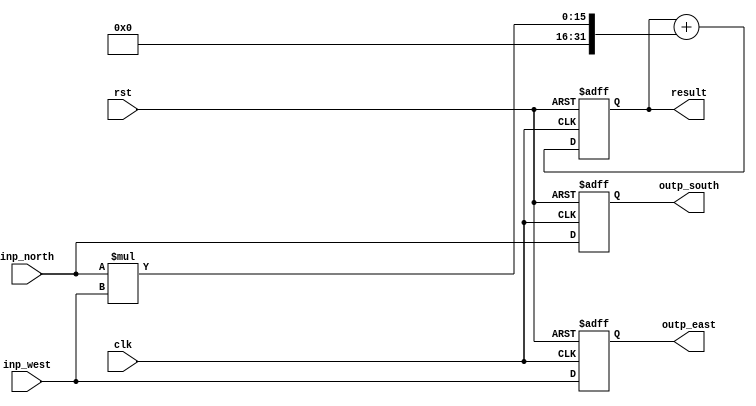
/*

MIT License

Copyright (c) 2020 Debtanu Mukherjee

Permission is hereby granted, free of charge, to any person obtaining a copy
of this software and associated documentation files (the "Software"), to deal
in the Software without restriction, including without limitation the rights
to use, copy, modify, merge, publish, distribute, sublicense, and/or sell
copies of the Software, and to permit persons to whom the Software is
furnished to do so, subject to the following conditions:

The above copyright notice and this permission notice shall be included in all
copies or substantial portions of the Software.

THE SOFTWARE IS PROVIDED "AS IS", WITHOUT WARRANTY OF ANY KIND, EXPRESS OR
IMPLIED, INCLUDING BUT NOT LIMITED TO THE WARRANTIES OF MERCHANTABILITY,
FITNESS FOR A PARTICULAR PURPOSE AND NONINFRINGEMENT. IN NO EVENT SHALL THE
AUTHORS OR COPYRIGHT HOLDERS BE LIABLE FOR ANY CLAIM, DAMAGES OR OTHER
LIABILITY, WHETHER IN AN ACTION OF CONTRACT, TORT OR OTHERWISE, ARISING FROM,
OUT OF OR IN CONNECTION WITH THE SOFTWARE OR THE USE OR OTHER DEALINGS IN THE
SOFTWARE.

*/

module block(inp_north, inp_west, clk, rst, outp_south, outp_east, result);
	input [7:0] inp_north, inp_west;
	output reg [7:0] outp_south, outp_east;
	input clk, rst;
	output reg [31:0] result;
	wire [31:0] multi;
	always @(posedge rst or posedge clk) begin
		if(rst) begin
			result <= 0;
			outp_east <= 0;
			outp_south <= 0;
		end
		else begin
			result <= result + multi;
			outp_east <= inp_west;
			outp_south <= inp_north;
		end
	end
	assign multi = inp_north*inp_west;
endmodule